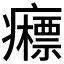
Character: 𰤉